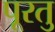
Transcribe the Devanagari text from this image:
पूरतु